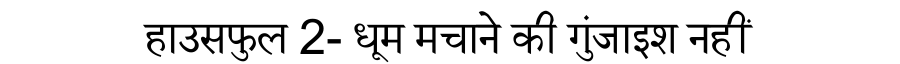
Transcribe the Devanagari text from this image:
हाउसफुल 2- धूम मचाने की गुंजाइश नहीं